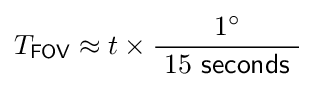
T_{\mathsf {FOV}}\approx t\times {\frac {1^{\circ }}{\ 15\ {\mathsf {seconds}}\ }}~